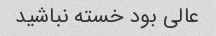
عالی بود خسته نباشید